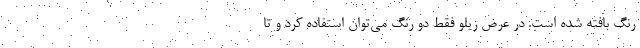
رنگ بافته شده است. در عرضِ زیلو فقط دو رنگ می‌توان استفاده کرد و تا